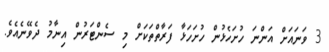
3 ވަނައަށް އަންނަ ހުށަހެޅުން ހުށަހަޅާ ފަރާތްތަކަށް މި ސެންޓަރުން އިނާމު ދެވޭނެއެވެ.